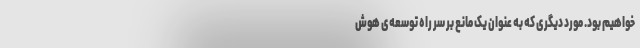
خواهیم بود. مورد دیگری که به عنوان یک مانع بر سر راه توسعه‌ی هوش